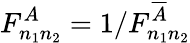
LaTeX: F_{n_{1}n_{2}}^{A}=1/F_{n_{1}n_{2}}^{\overline{{A}}}